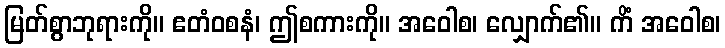
မြတ်စွာဘုရားကို။ ဧတံဝစနံ၊ ဤစကားကို။ အဝေါစ၊ လျှောက်၏။ ကိံ အဝေါစ၊